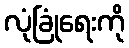
လုံခြုံရေးကို